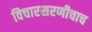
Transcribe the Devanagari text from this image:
विचारसरणीचाच